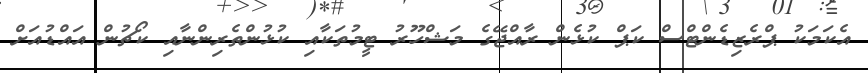
އެކަމަކު ޕްރެޒިޑެންޓްސް ކަޕް ކުޅެން ރާއްޖޭގެ މަޝްހޫރު ޓީމުތަކާއި ކުޅުންތެރިންނާއި ކޯޗުން އައްޑުއަށް